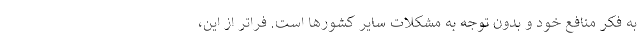
به فکر منافع خود و بدون توجه به مشکلات سایر کشورها است. فراتر از این،